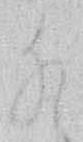
猶